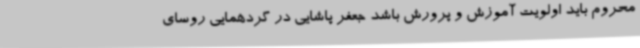
محروم باید اولویت آموزش و پرورش باشد جعفر پاشایی در گردهمایی روسای